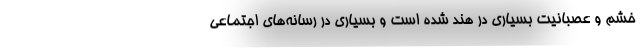
خشم و عصبانیت بسیاری در هند شده است و بسیاری در رسانه‌های اجتماعی